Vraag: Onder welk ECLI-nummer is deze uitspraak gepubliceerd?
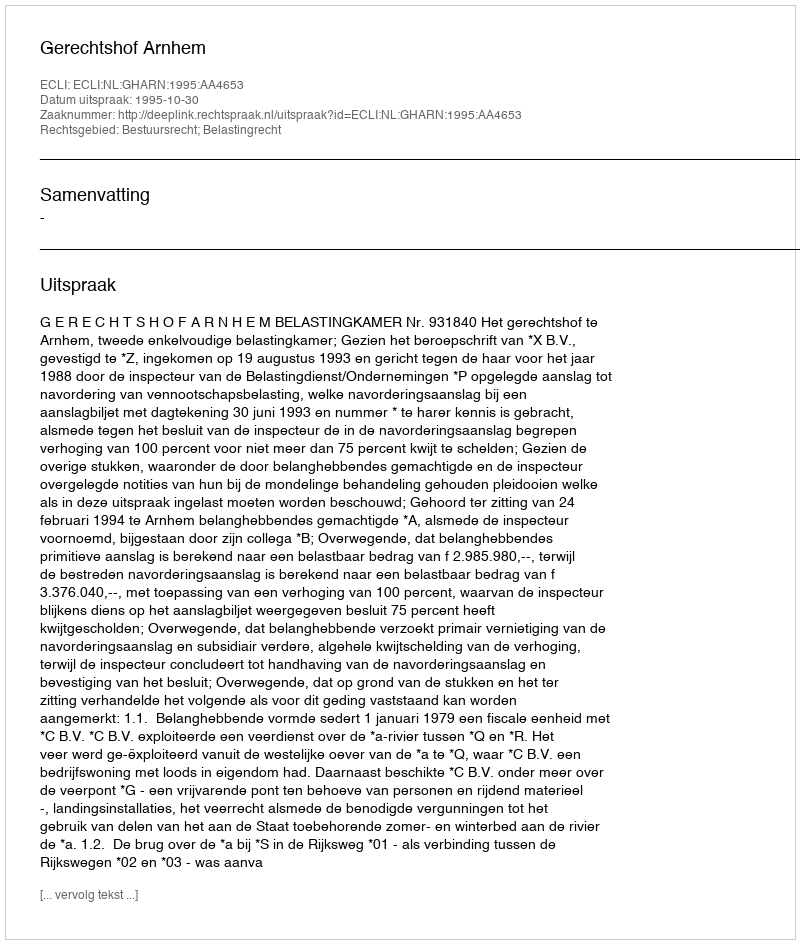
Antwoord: ECLI:NL:GHARN:1995:AA4653